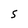
Character: 5